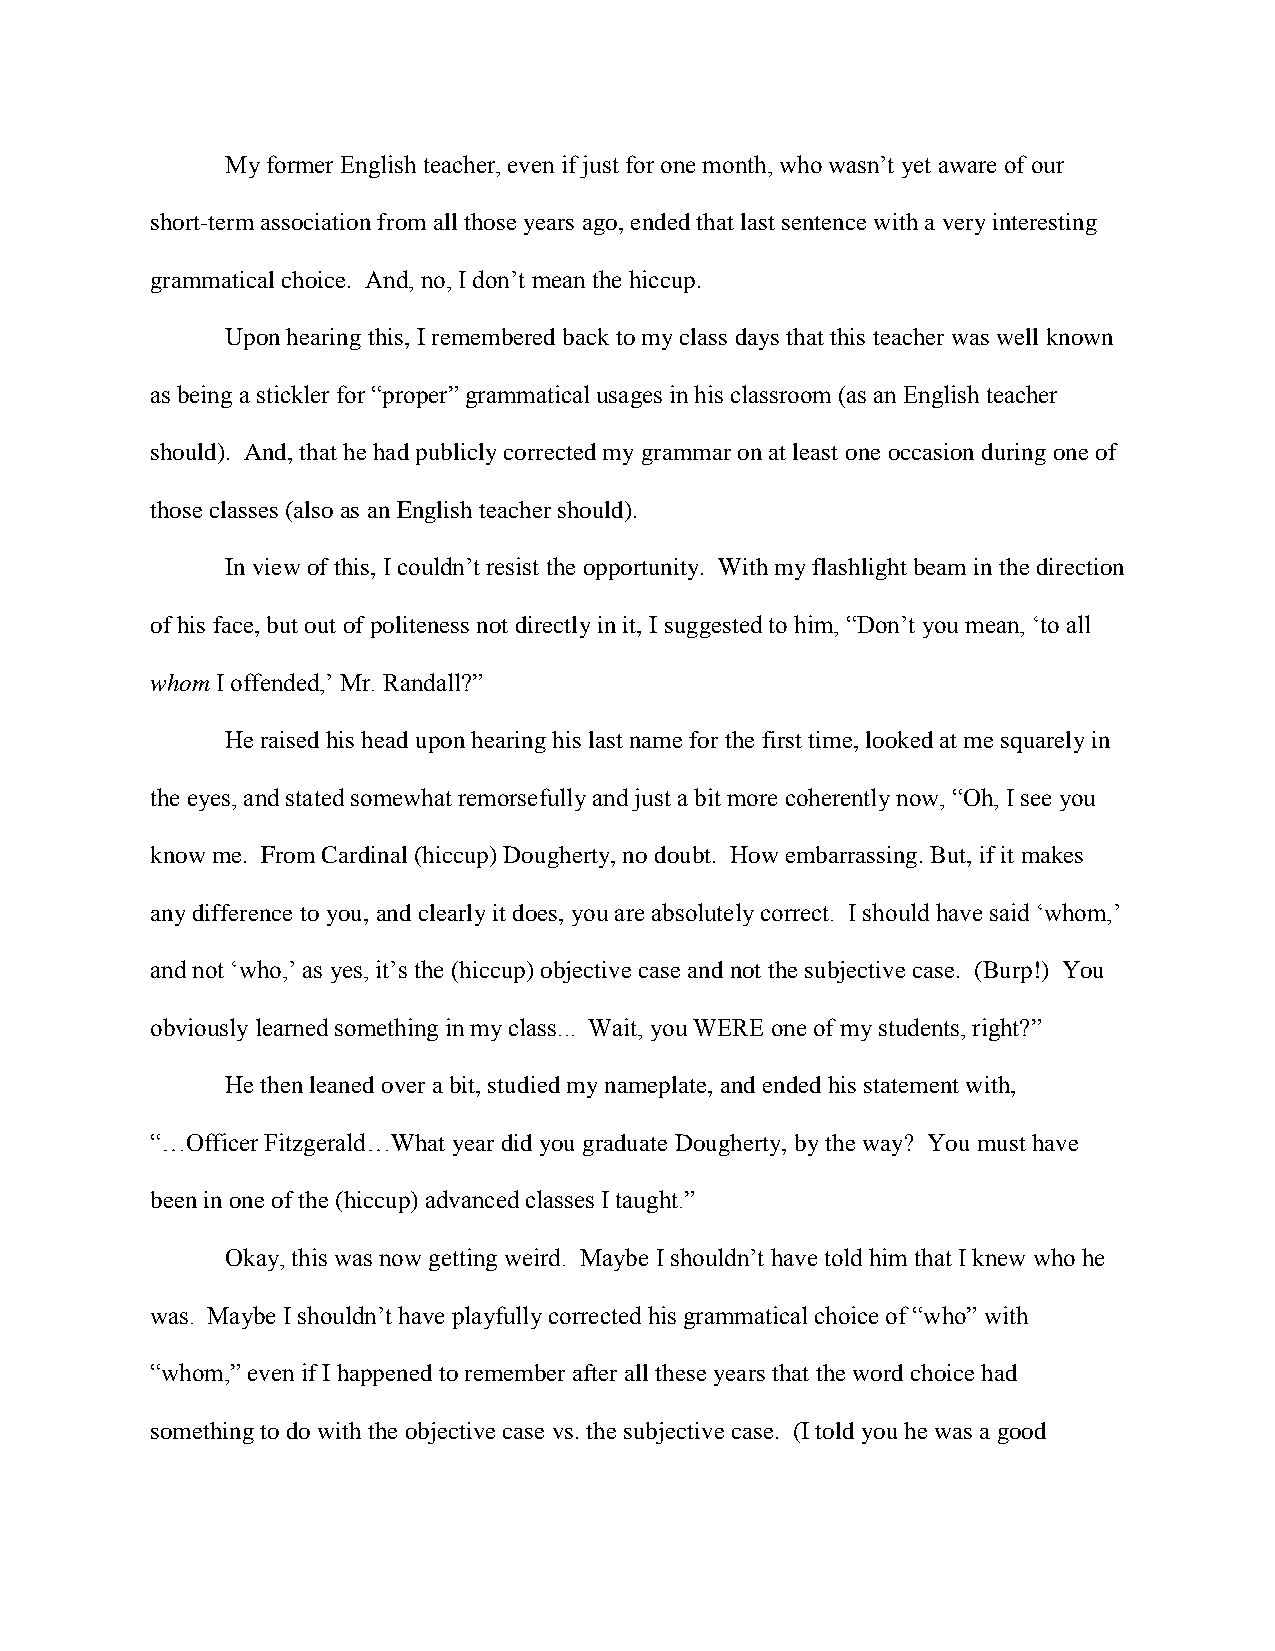
My former English teacher, even if just for one month, who wasn’t yet aware of our
 short-term association from all those years ago, ended that last sentence with a very interesting
 grammatical choice. And, no, I don’t mean the hiccup.
 Upon hearing this, I remembered back to my class days that this teacher was well known
 as being a stickler for “proper” grammatical usages in his classroom (as an English teacher
 should). And, that he had publicly corrected my grammar on at least one occasion during one of
 those classes (also as an English teacher should).
 In view of this, I couldn’t resist the opportunity. With my flashlight beam in the direction
 of his face, but out of politeness not directly in it, I suggested to him, “Don’t you mean, ‘to all
 whom I offended,’ Mr. Randall?”
 He raised his head upon hearing his last name for the first time, looked at me squarely in
 the eyes, and stated somewhat remorsefully and just a bit more coherently now, “Oh, I see you
 know me. From Cardinal (hiccup) Dougherty, no doubt. How embarrassing. But, if it makes
 any difference to you, and clearly it does, you are absolutely correct. I should have said ‘whom,’
 and not ‘who,’ as yes, it’s the (hiccup) objective case and not the subjective case. (Burp!) You
 obviously learned something in my class... Wait, you WERE one of my students, right?”
 He then leaned over a bit, studied my nameplate, and ended his statement with,
 “…Officer Fitzgerald…What year did you graduate Dougherty, by the way? You must have
 been in one of the (hiccup) advanced classes I taught.”
 Okay, this was now getting weird. Maybe I shouldn’t have told him that I knew who he
 was. Maybe I shouldn’t have playfully corrected his grammatical choice of “who” with
 “whom,” even if I happened to remember after all these years that the word choice had
 something to do with the objective case vs. the subjective case. (I told you he was a good